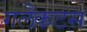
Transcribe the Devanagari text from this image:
गलैकटस